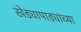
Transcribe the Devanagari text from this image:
खेड्यापाड्यांच्या